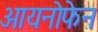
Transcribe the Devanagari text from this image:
आयनोफेन